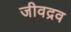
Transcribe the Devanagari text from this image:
जीवद्रव